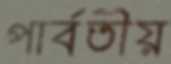
পার্বতীয়